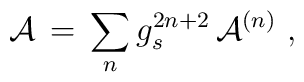
{\cal A}\, =\, \sum_n g_s^{2n+2}\, {\cal A}^{(n)}\ ,